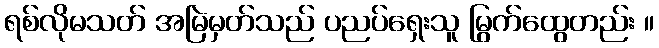
ရစ်လိုမသတ် အမြဲမှတ်သည် ပညပ်ရှေးသူ မြွက်ထွေတည်း ။